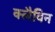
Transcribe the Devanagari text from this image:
क्लैविन